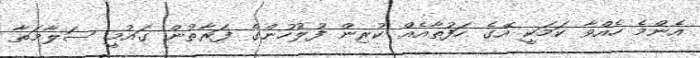
އެންމެ ހެއްވާ ކަމަކީ އޭގެ ހަފުތާއެއް ކުރިން ފުލުހުންގެ ފަރާތުން ގައުމީ ސަލާމަތާ